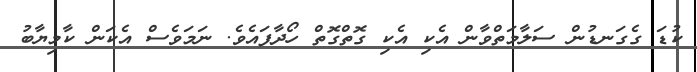
ކުޑަ ގެގަނޑުން ސަލާމަތްވާން އެކި އެކި ގޮތްގޮތް ހޯދާފައެވެ. ނަމަވެސް އެކަން ކާމިޔާބު